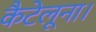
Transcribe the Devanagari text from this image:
कैटेलूना।